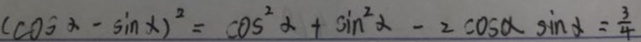
( \cos \alpha - \sin \alpha ) ^ { 2 } = \cos ^ { 2 } \alpha - \sin ^ { 2 } \alpha - 2 \cos \alpha \sin \alpha = \frac { 3 } { 4 }